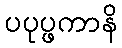
ပပုပ္ဖကာနိ